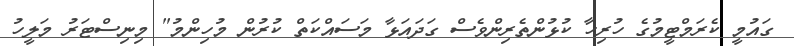
ގައުމީ ކެރަމްޓީމުގެ ހުރިހާ ކުޅުންތެރިންވެސް ގަދައަޅާ މަސައްކަތް ކުރުން މުހިންމު" މިނިސްޓަރު މަލީހު